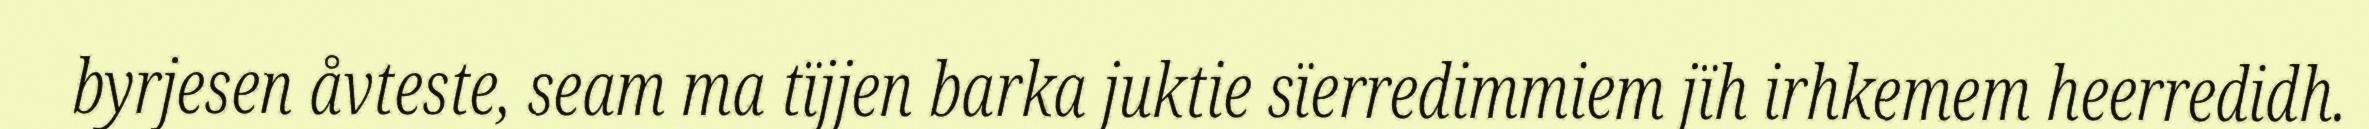
byrjesen åvteste, seam ma tïjjen barka juktie sïerredimmiem jïh irhkemem heerredidh.